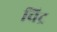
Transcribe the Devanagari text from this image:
चिट्र